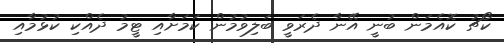
ކޯޗު ކޮއެމަން ބުނީ އޭނާ ދެރަވީ ބަލިވުމުން ކަމަށާއި ޓީމު ދެއްކި ކުޅުމާއި